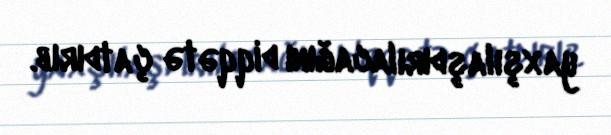
yaxşılaşdırılacağını diqqətə çatdırıb.